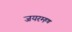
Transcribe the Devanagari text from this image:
जयरमण